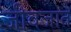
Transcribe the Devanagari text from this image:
जीवजात